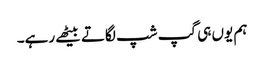
ہم یوں ہی گپ شپ لگاتے بیٹھے رہے۔